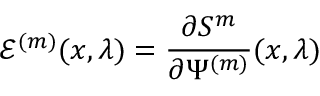
\mathcal { E } ^ { ( m ) } ( x , \lambda ) = \frac { \partial S ^ { m } } { \partial \Psi ^ { ( m ) } } ( x , \lambda )